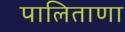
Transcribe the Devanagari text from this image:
पालिताणा